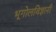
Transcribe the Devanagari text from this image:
भूगोलविज्ञानी